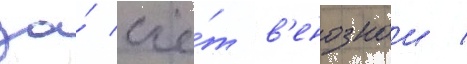
за́ счё́т в'енознои /